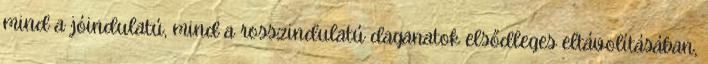
mind a jóindulatú, mind a rosszindulatú daganatok elsődleges eltávolításában,